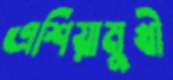
এশিয়ামুখী